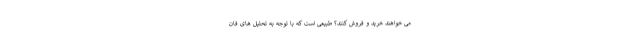
می خواهند خرید و فروش کنند؟ طبیعی است که با توجه به تحلیل های فان